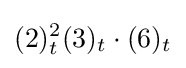
(2)_{t}^{2}(3)_{t}\cdot (6)_{t}